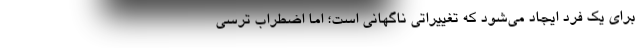
برای یک فرد ایجاد می‌شود که تغییراتی ناگهانی است؛ اما اضطراب ترسی